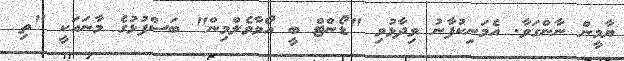
ޔާމީން ނާންގަވާ. އެމަނިކުފާނު ވިދާޅުވި "ޑޯންޓް ބީ އޯވާވެލްމިން" ބަސްފުޅުގެ މާނައަކީ "ތި